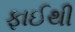
ફાઈથી